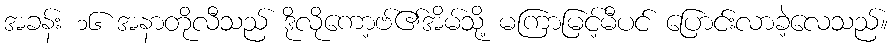
အခန်း ၁၆ အနာတိုလီသည် ဒိုလိုကော့ဗ်၏အိမ်သို့ မကြာမြင့်မီပင် ပြောင်းလာခဲ့လေသည်။